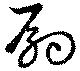
嗣